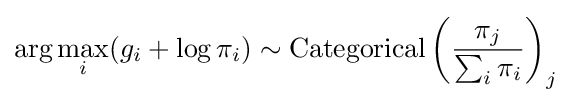
\arg \max _{i}(g_{i}+\log \pi _{i})\sim {\text{Categorical}}\left({\frac {\pi _{j}}{\sum _{i}\pi _{i}}}\right)_{j}